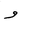
Letter: _waw